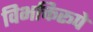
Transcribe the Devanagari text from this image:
विभक्तिरूपे